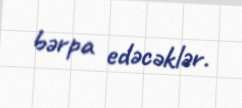
bərpa edəcəklər.